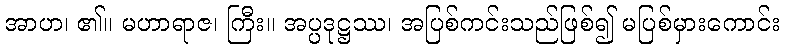
အာဟ၊ ၏။ မဟာရာဇ၊ ကြီး။ အပ္ပဒုဋ္ဌဿ၊ အပြစ်ကင်းသည်ဖြစ်၍ မပြစ်မှားကောင်း